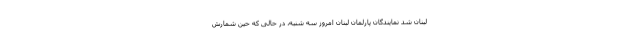
لبنان شد نمایندگان پارلمان لبنان امروز سه شنبه، در حالی که حین شمارش